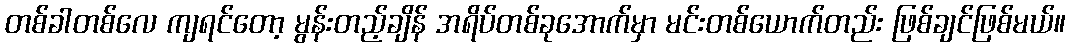
တစ်ခါတစ်လေ ကျရင်တော့ မွန်းတည့်ချိန် အရိပ်တစ်ခုအောက်မှာ မင်းတစ်ယောက်တည်း ဖြစ်ချင်ဖြစ်မယ်။